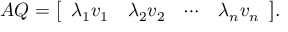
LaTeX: A Q = { \left[ \begin{array} { l l l l } { \lambda _ { 1 } v _ { 1 } } & { \lambda _ { 2 } v _ { 2 } } & { \cdots } & { \lambda _ { n } v _ { n } } \end{array} \right] } .